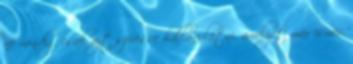
ne mindig csak azt szeresse hallani-látni, amelyet már ismer,